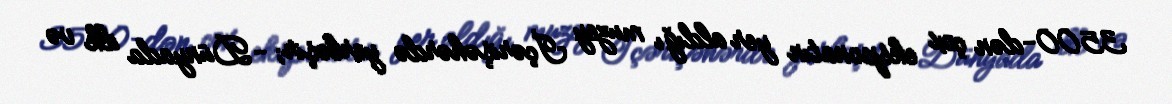
3500-dən çox eksponatın yer aldığı muzey İçərişəhərdə yerləşir; -Dünyada ilk və